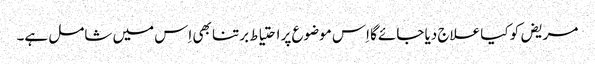
مریض کو کیا علاج دیا جائے‌گا اِس موضوع پر احتیاط برتنا بھی اِس میں شامل ہے۔